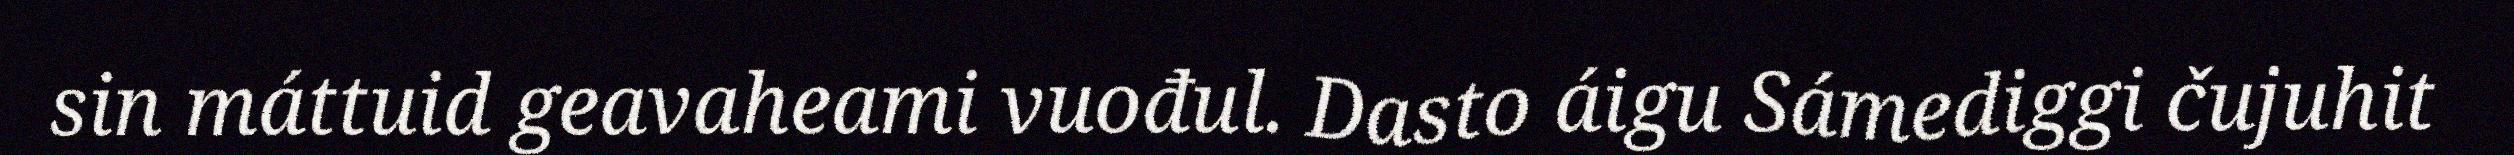
sin máttuid geavaheami vuođul. Dasto áigu Sámediggi čujuhit